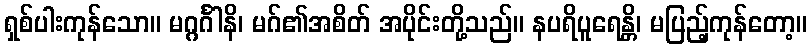
ရှစ်ပါးကုန်သော။ မဂ္ဂင်္ဂါနိ၊ မဂ်၏အစိတ် အပိုင်းတို့သည်။ နပရိပူရေန္တိ၊ မပြည့်ကုန်တော့။